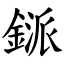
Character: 鎃